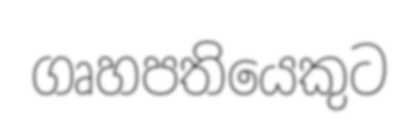
ගෘහපතියෙකුට